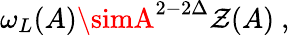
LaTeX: \omega_{L}(A)\simA^{2-2\Delta}\mathcal{Z}(A)\ ,